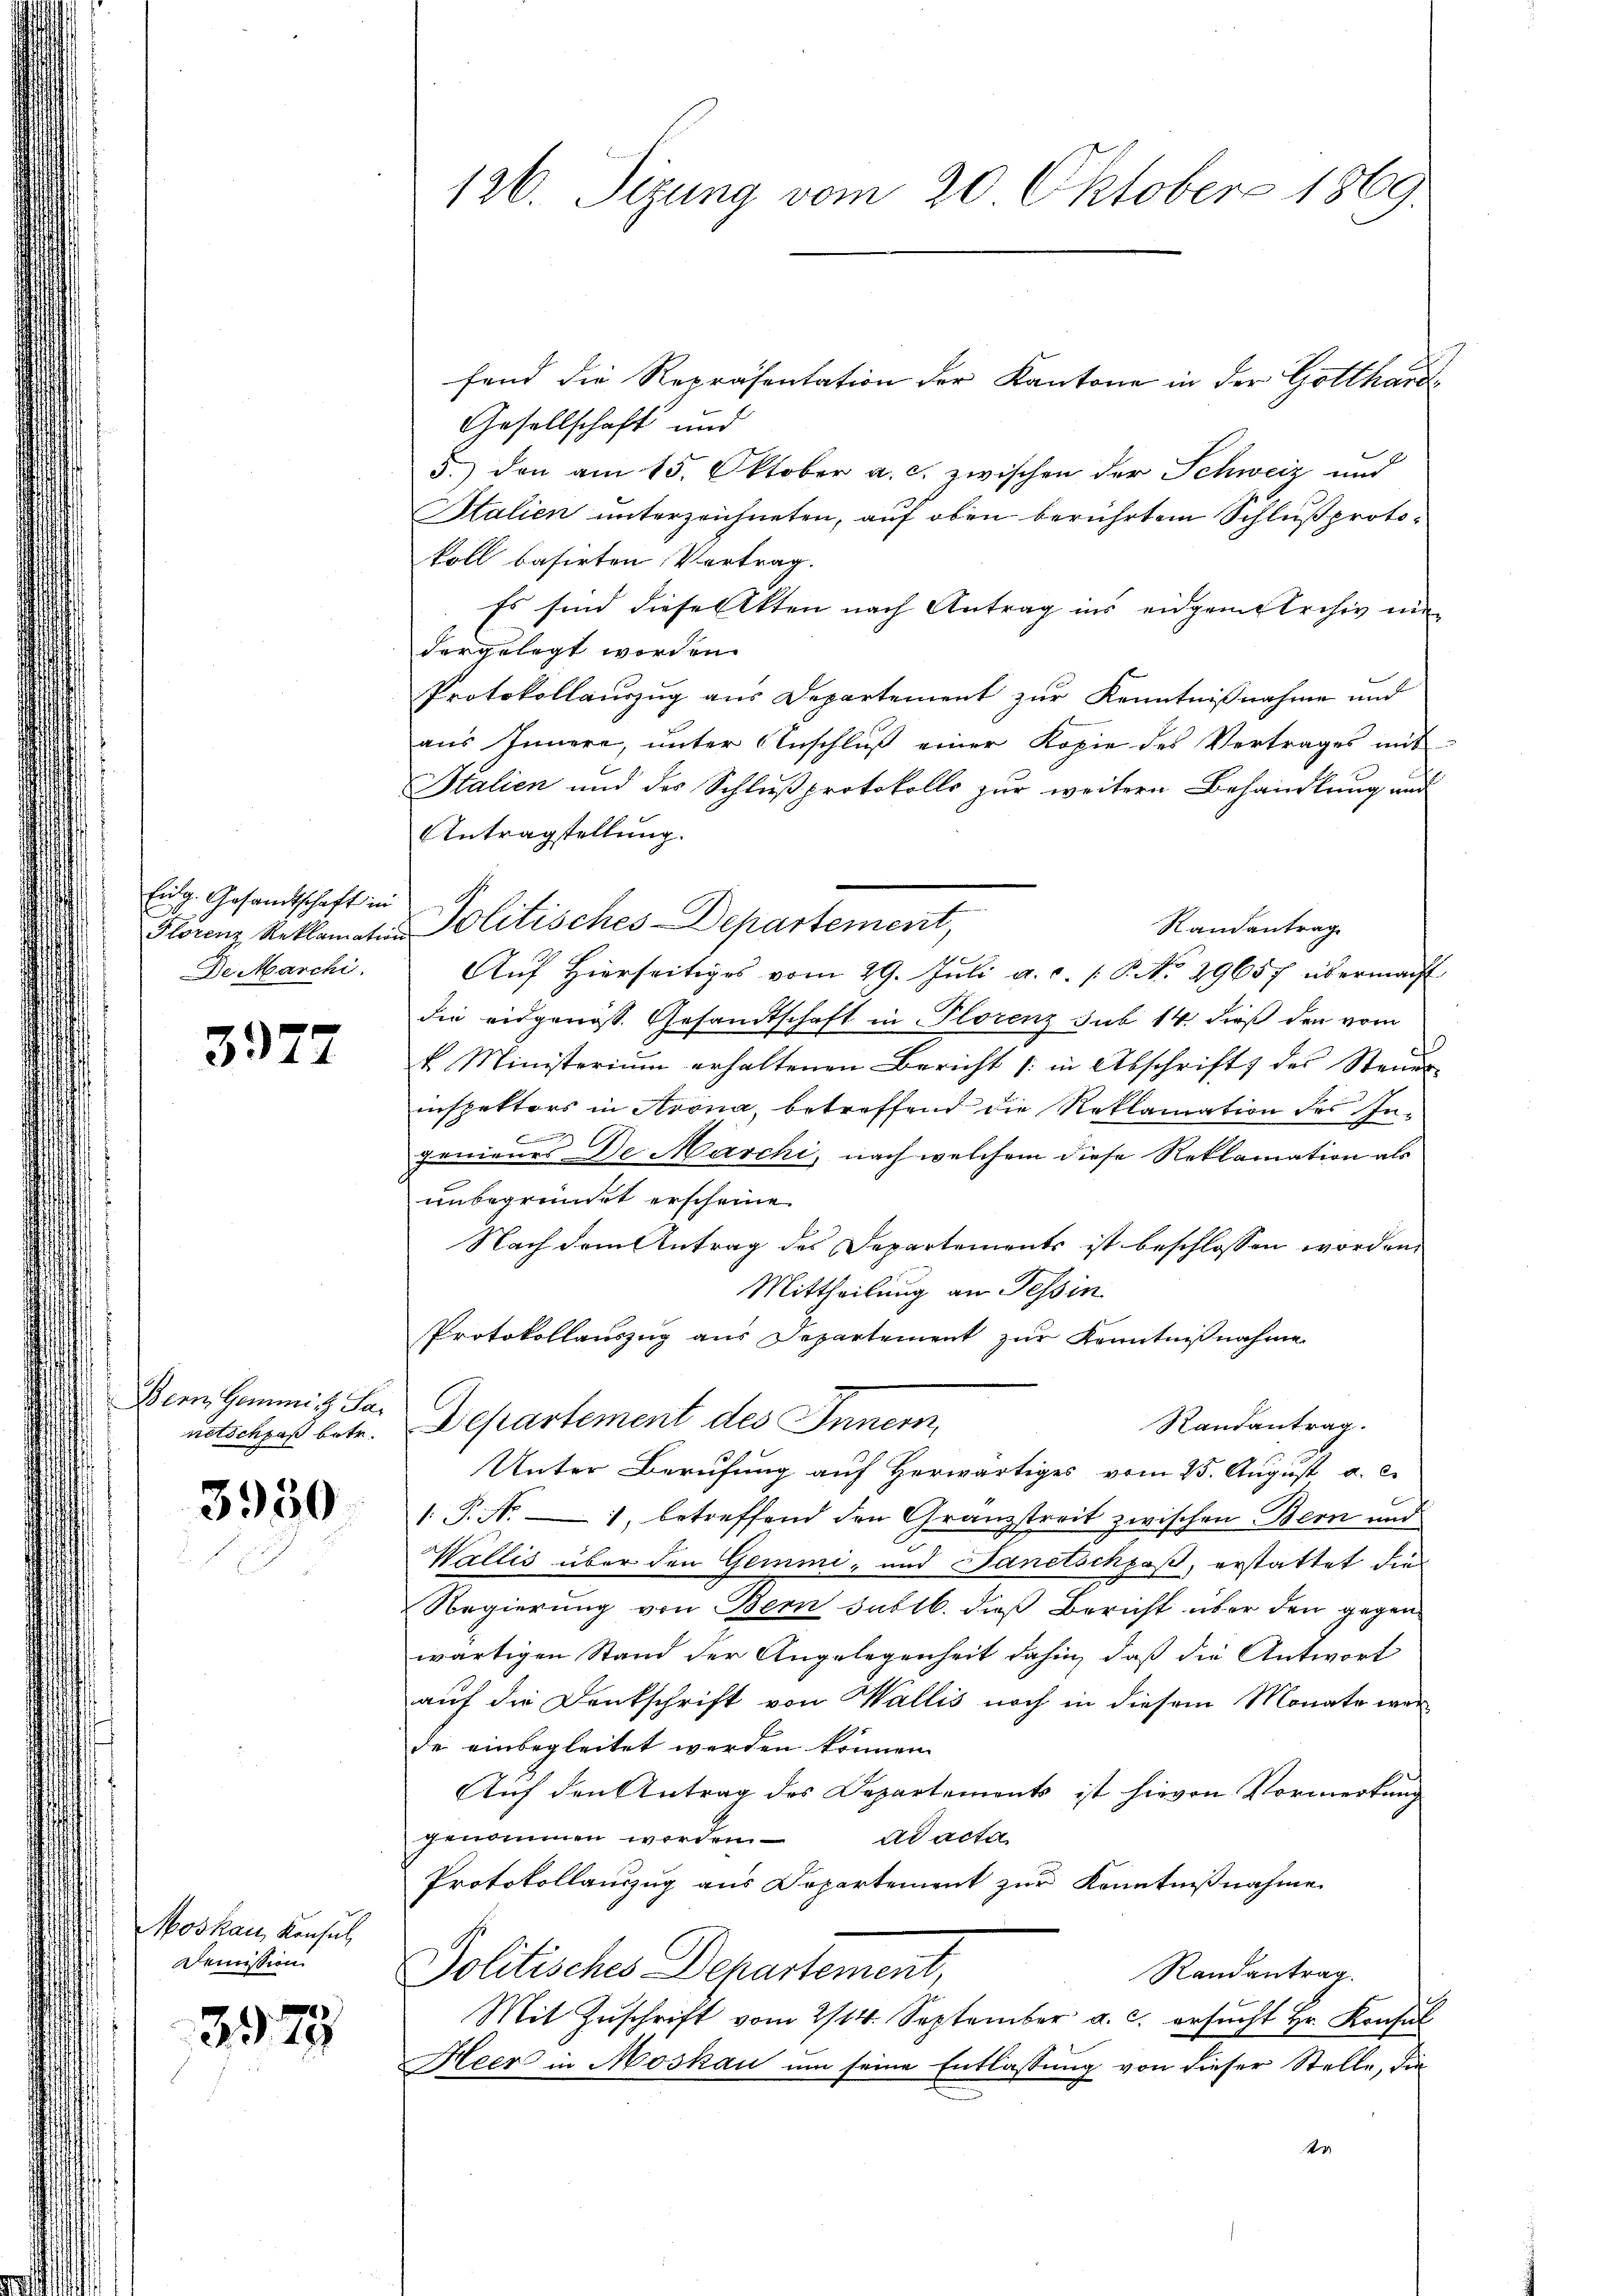
Gesandtschaft in
Derarchi

3977

Zern, Gemmi Sa

3950

Moskau, Konsul
Demission

379

fend die Repräsentation der Kantone in der Gotthard¬
Gesellschaft und
5.) den am 15. Oktober a. c. zwischen der Schweiz und
Stalien unterzeichneten, auf oben berührtem Schluß protokoll basirten Vertrag.
Es sind diese Akten nach Antrag ins eidgemerchiv ni
dergelegt worden.
Protokollauszug aus Departement zur Kenntnißnahme und
aus Innere, unter Anschluß einer Kopie des Vertrages mit
Italien und des Schlußprotokolls zur weitern Behandlung und
Antragstellung.
cenz Reklamatin Politisches-Departement,
Randantrag
Auf hierseitiges vom 29. Juli a.c. s. S. No 29657 übermacht
die eidgenoss. Gesandtschaft in Florenz sub 14 dieß den vom
k Ministerium erhaltenen Bericht /: in Abschrift des Steŭer-
inspektors in Arona, betreffend die Reklamation des In-
genieurs de Marchi, nach welchem diese Reklamation als
unbegründet erscheine.
Nach dem Antrag des Departements ist beschlossen worden,
Mittheilung an Tessin
Protokollauszug aus Departement zur Kenntnißnahme
Randantrag.
notschpaß betr. Departement des Innern,
Unter Berufung auf Herwärtiges vom 25. August a. c.
1.P. N. 1, betreffend den Granzstreit zwischen Bern und
Wallis über den Gemei- und Sanitschpaß, erstattet die
Regierung von Bern sublb. dieß Bericht über den gegen
wärtigen Stand der Angelegenheit dahin, daß die Antwort
auf die Denkschrift von Wallis noch in diesem Monate war
de einbegleitet werden können.
Auf den Antrag des Departements ist hievon Vormerkung
genommen worden.
ad acta
Protokollauszug aus Departement zur Kenntnißnahme
Politisches Departement,
Randantrag.
Mit Zŭschrift vom 2/14. September a. c. ersŭcht Hr. Konsŭl
Heer in Moskau um seine Entlassung von dieser Stelle, die
r

126. Sizung vom 20. Oktober 1869.